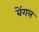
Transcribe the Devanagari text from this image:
बेंगल